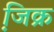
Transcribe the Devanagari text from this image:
जि़क्र